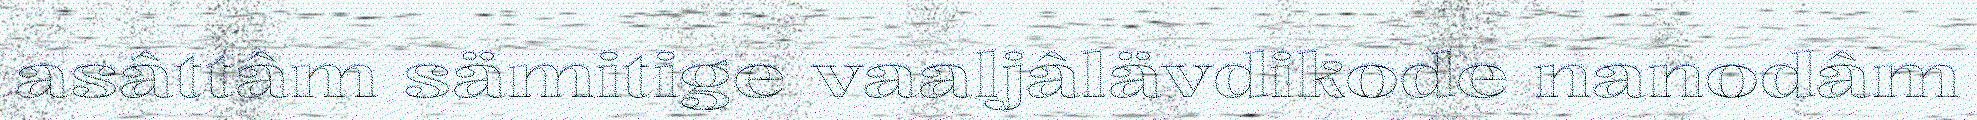
asâttâm sämitige vaaljâlävdikode nanodâm